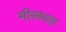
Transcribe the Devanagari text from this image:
मीरनशाह